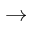
\to